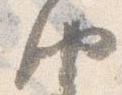
納